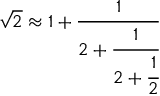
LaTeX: { \sqrt { 2 } } \approx 1 + { \cfrac { 1 } { 2 + { \cfrac { 1 } { 2 + { \cfrac { 1 } { 2 } } } } } }